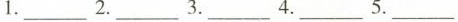
1.___ 2.___ 3.___ 4.___ 5.___